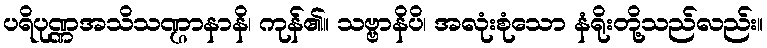
ပရိပုဏ္ဏအသိသဏ္ဌာနာနိ၊ ကုန်၏။ သဗ္ဗာနိပိ၊ အလုံးစုံသော နံရိုးတို့သည်လည်း။